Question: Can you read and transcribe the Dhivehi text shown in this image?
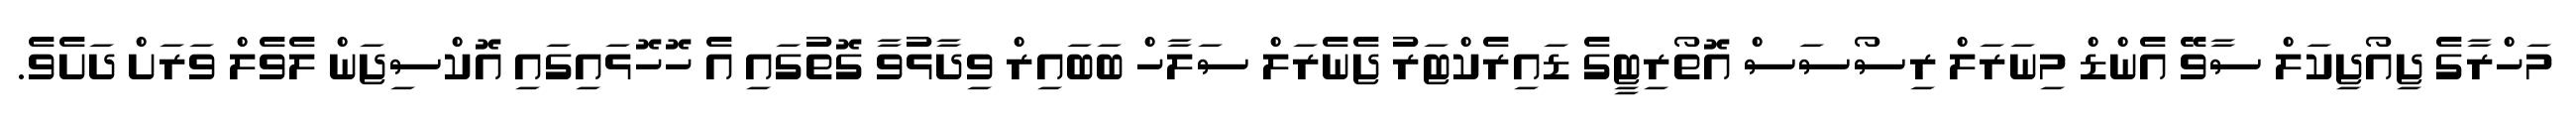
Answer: މަހްރާގެ ޖިއޯޖިކަލް ސާވޭ އެންޑް މިނަރަލް ރިސޯސަސް އޮތޯރިޓީގެ ޑައިރެކްޓަރު ޖެނެރަލް ސަލާހް ބަބައިރް ވިދާޅުވާ ގޮތުގައި އެ ހޮހޮޅައިގައި އޮކްސިޖަން ލެވެލް ވަރަށް ދަށެވެ.